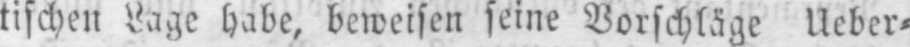
tischen Lage habe, beweisen seine Vorschläge Ueber⸗